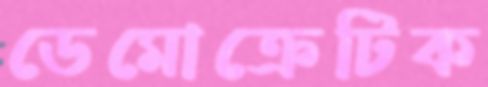
ডেমোক্রেটিক